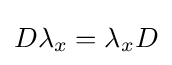
D\lambda _{x}=\lambda _{x}D